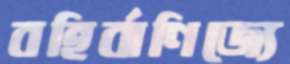
বহির্বাণিজ্যে